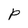
Character: P